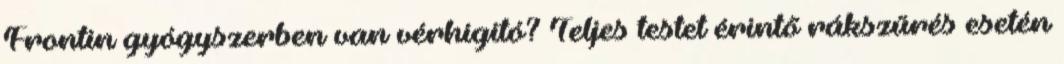
Frontin gyógyszerben van vérhígító? Teljes testet érintő rákszűrés esetén